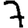
Digit: 7